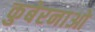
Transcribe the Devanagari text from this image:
कुबेरनाओ